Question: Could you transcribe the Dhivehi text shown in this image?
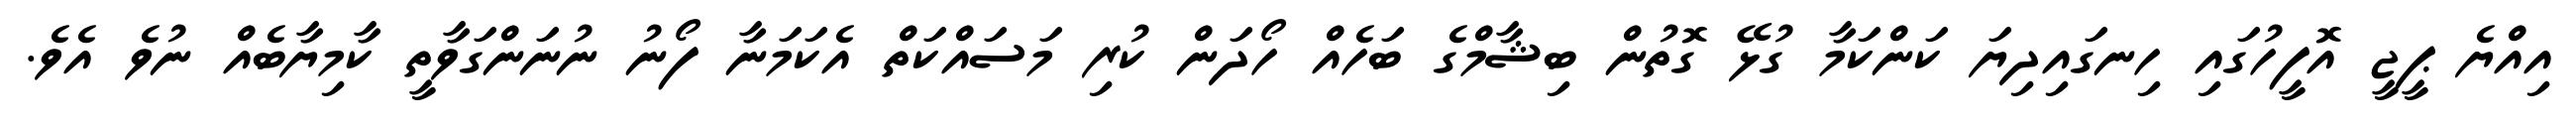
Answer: އިއްޔެ ޕީޖީ އޮފީހުގައި ހިނގައިދިޔަ ކަންކަމާ ގުޅޭ ގޮތުން ބިޝާމްގެ ބަހެއް ހޯދަން ކުރި މަސައްކަތް އެކަމަނާ ފޯނު ނުނަންގަވާތީ ކާމިޔާބެއް ނުވެ އެވެ.